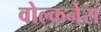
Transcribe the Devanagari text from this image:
वोल्कनेस